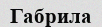
Габрила